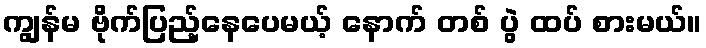
ကျွန်မ ဗိုက်ပြည့်နေပေမယ့် နောက် တစ် ပွဲ ထပ် စားမယ်။